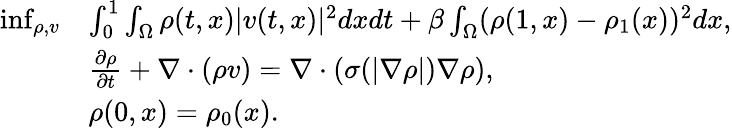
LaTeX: \begin{array}{rl}{\operatorname*{inf}_{\rho,v}}&{\int_{0}^{1}\int_{\Omega}\rho(t,x)|v(t,x)|^{2}dxdt+\beta\int_{\Omega}(\rho(1,x)-\rho_{1}(x))^{2}dx,}\\ &{\frac{\partial\rho}{\partial t}+\nabla\cdot(\rho v)=\nabla\cdot(\sigma(|\nabla\rho|)\nabla\rho),}\\ &{\rho(0,x)=\rho_{0}(x).}\end{array}